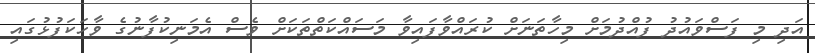
އަދި މި ފަސްވައުދު ފުއްދުމަށް މިހާތަނަށް ކުރައްވާފައިވާ މަސައްކަތްތަކަށް ވެސް އެމަނިކުފާނުގެ ވާހަކަފުޅުގައި